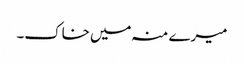
میرے منہ میں خاک۔